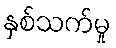
နှစ်သက်မှု